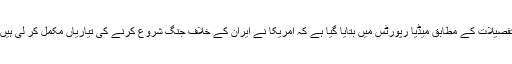
تفصیلات کے مطابق میڈیا رپورٹس میں بتایا گیا ہے کہ امریکا نے ایران کے خلاف جنگ شروع کرنے کی تیاریاں مکمل کر لی ہیں۔